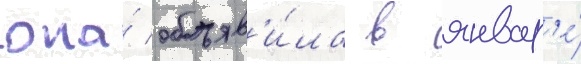
она́ объяв'и́ла в январ'е́